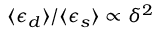
\langle \epsilon _ { d } \rangle / \langle \epsilon _ { s } \rangle \propto \delta ^ { 2 }